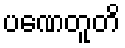
ပဏေတူတိ